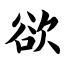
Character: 欲